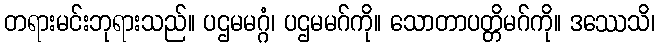
တရားမင်းဘုရားသည်။ ပဌမမဂ္ဂံ၊ ပဌမမဂ်ကို။ သောတာပတ္တိမဂ်ကို။ ဒဿေသိ၊